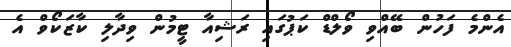
އެންމެ ފަހުން ބޭއްވި ވޯލްޑް ކަޕުގައި ރަޝިއާ ޓީމުން ވިދާލި ކާޒަކޯވް އެ